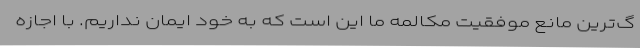
گ‌ترین مانع موفقیت مکالمه ما این است که به خود ایمان نداریم. با اجازه